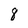
Character: 8